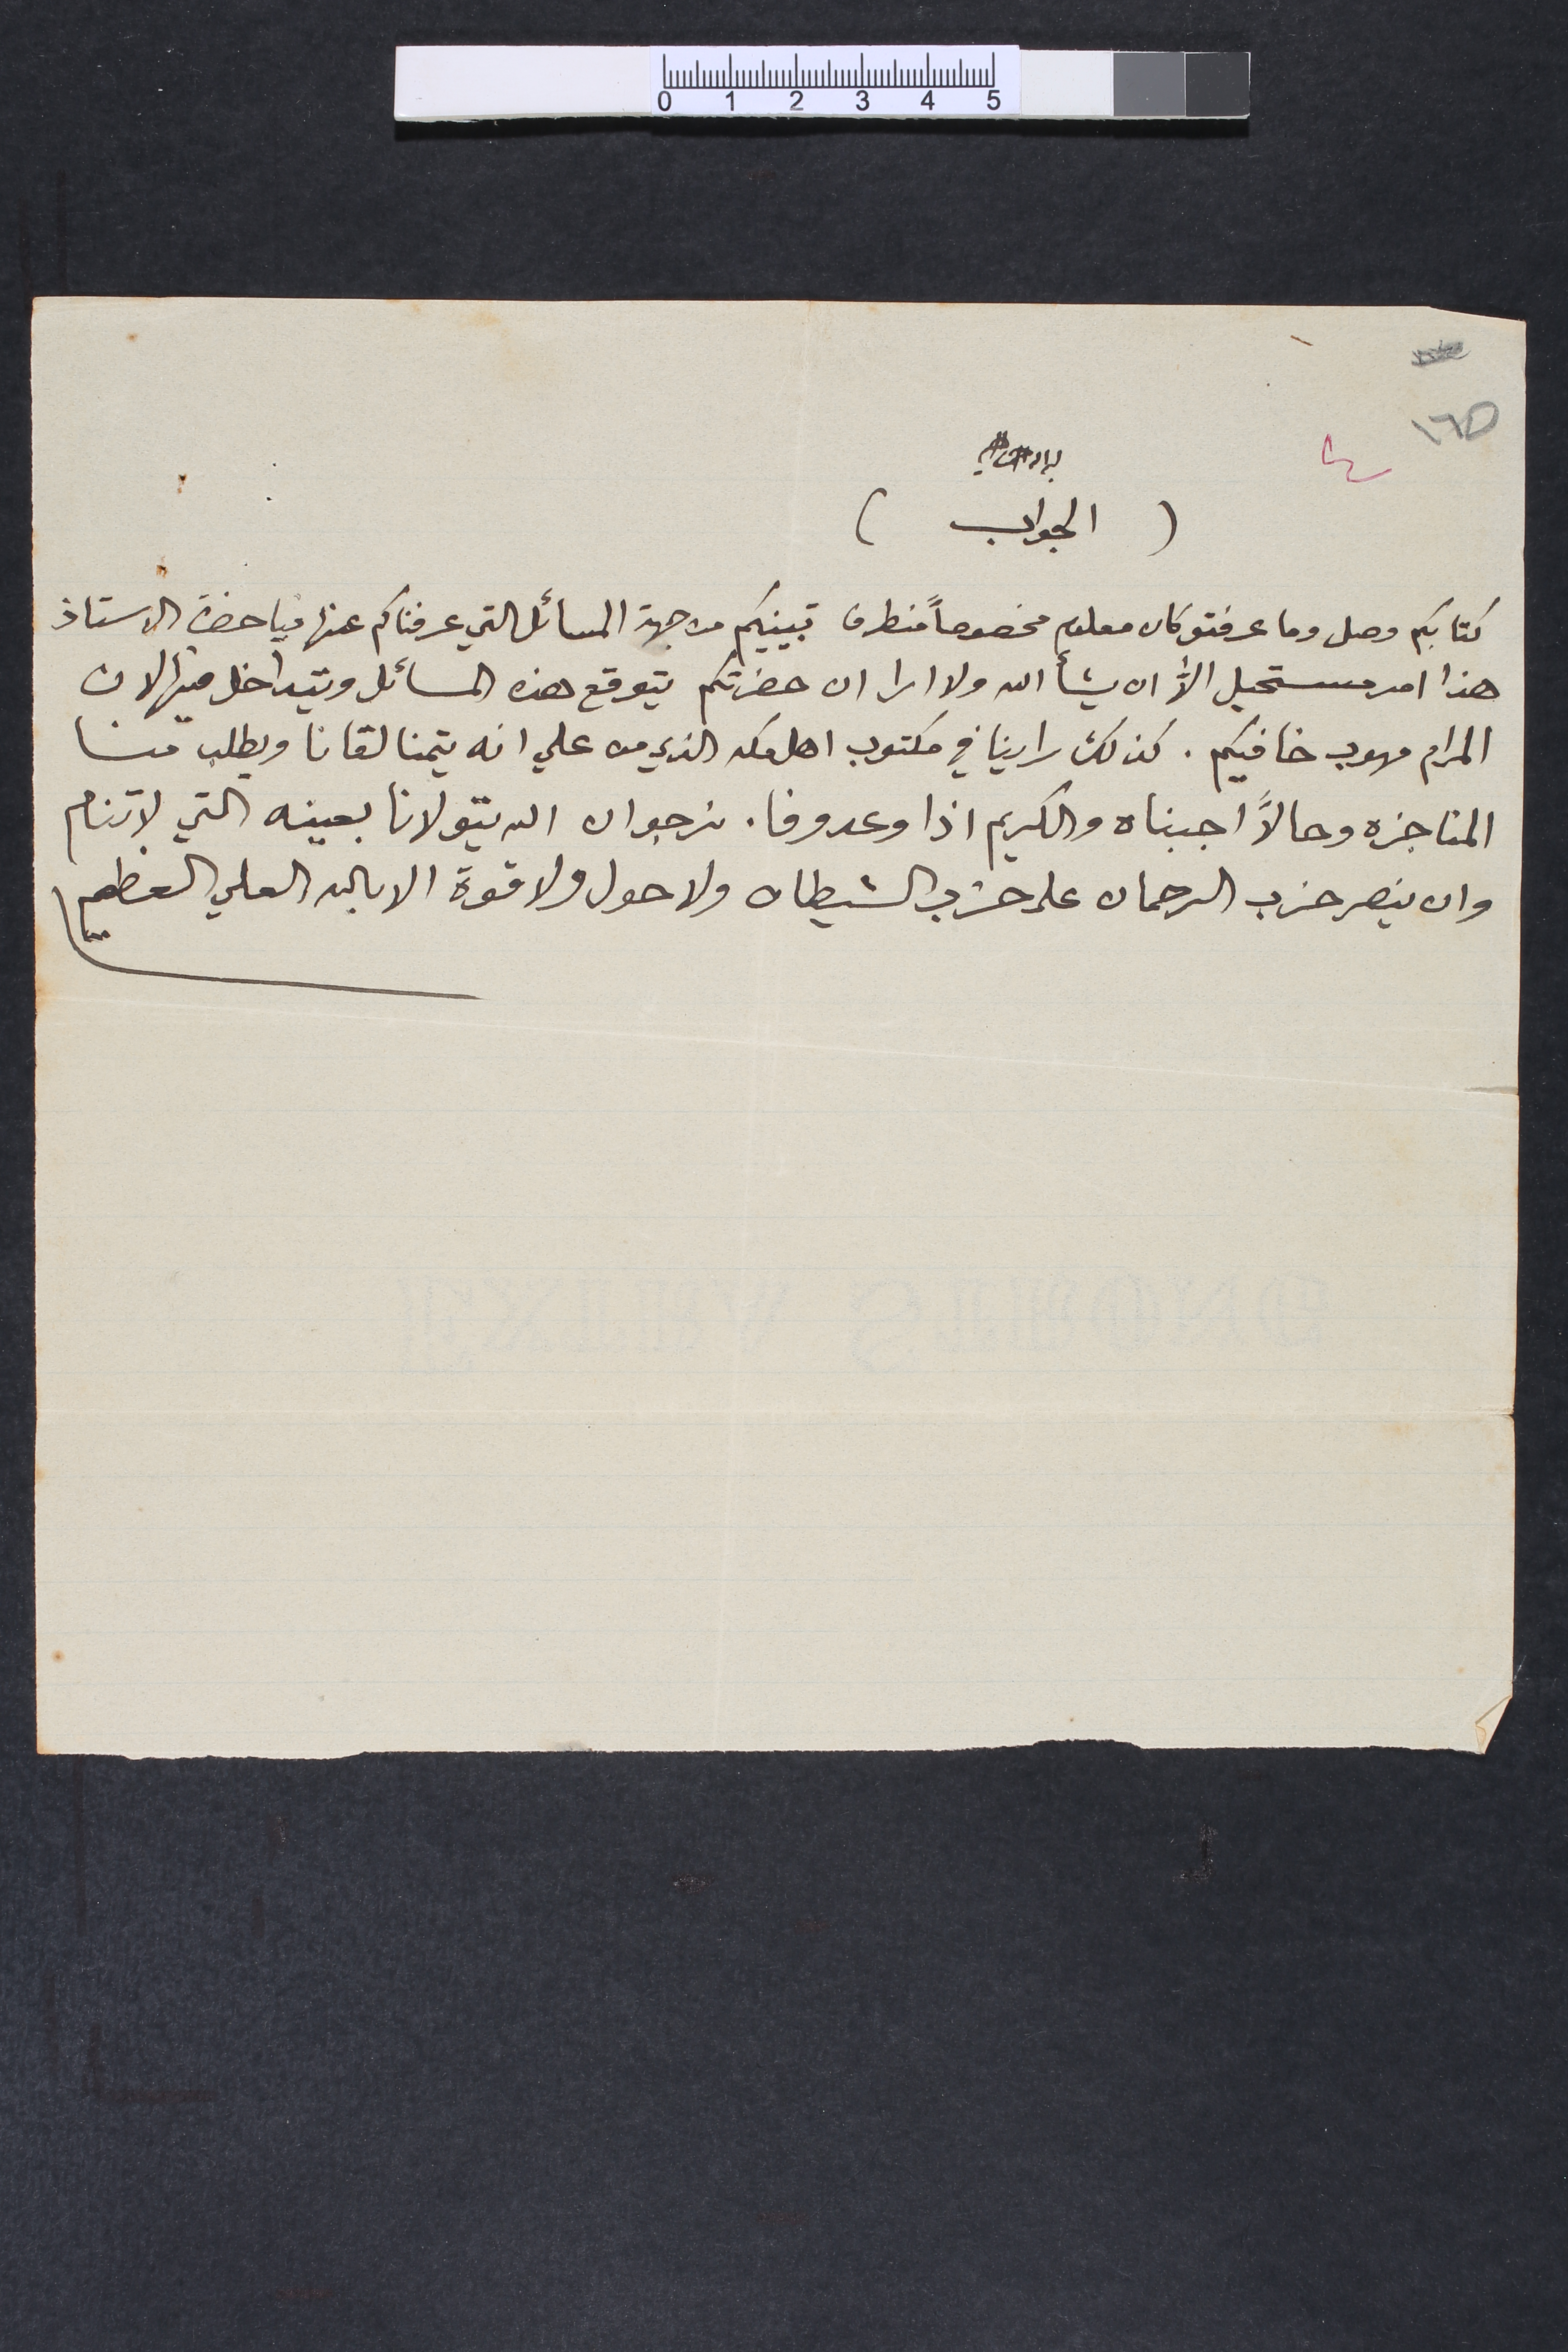
٤			بسم الله الرحمن الرحيم
(الجواب)
كتابكم وصل وما عرفتو كان معلوم مخصوصاً من طرف تبينيكم من جهة المسائل التي عرفناكم عنها فيا حضرة الاستاذ
هذا امر مستحيل الاﱣ ان يشأ الله ولا ارا ان حضرتكم يتوقع هذه المسائل ويتداخل فيها لان
المرام مهوب خافيكم. كذلك راينا في مكتوب اهل مكه الذي من علي انه يتمنا لقانا ويطلب منا
المناجزه وحالاً اجبناه والكريم اذا وعد وفا. نرجو ان الله يتولانا بعينه التي لا تنام
وان ينصر حزب الرحمان على حزب الشيطان ولا حول ولا قوة الا بالله العلي العظيم